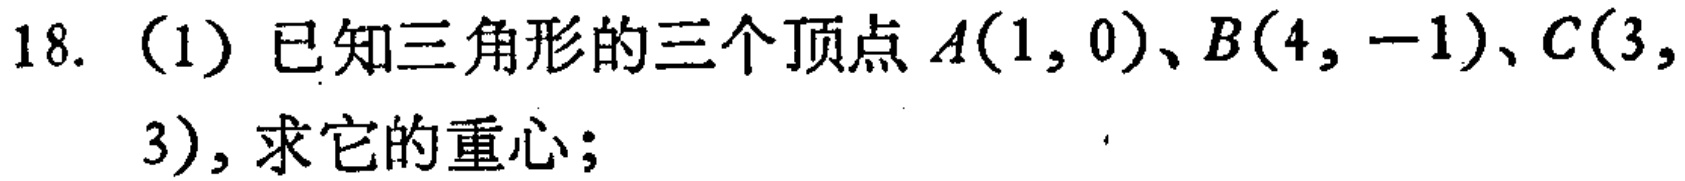
18. （1）已知三角形的三个顶点\(A(1,0)\)、\(B(4, - 1)\)、\(C(3,3)\)，求它的重心；